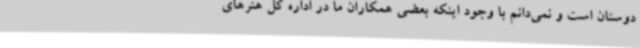
دوستان است و نمی‌دانم با وجود اینکه بعضی همکاران ما در اداره کل هنرهای